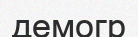
демогр